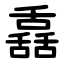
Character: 舙